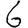
Digit: 6